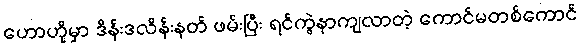
ဟောဟိုမှာ ဒိန်းဒလိန်းနတ် ဖမ်းပြီး ရင်ကွဲနာကျလာတဲ့ ကောင်မတစ်ကောင်